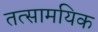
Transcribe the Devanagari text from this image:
तत्सामयिक